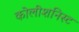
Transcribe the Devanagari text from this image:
कोलीशनिस्ट